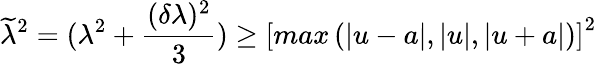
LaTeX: \widetilde{\lambda}^{2}=(\lambda^{2}+\frac{(\delta\lambda)^{2}}{3})\geq\left[max\left(\left|u-a\right|,\left|u\right|,\left|u+a\right|\right)\right]^{2}